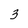
Character: 3